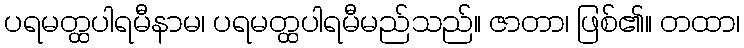
ပရမတ္ထပါရမီနာမ၊ ပရမတ္ထပါရမီမည်သည်။ ဇာတာ၊ ဖြစ်၏။ တထာ၊